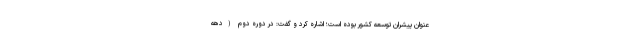
عنوان پیشران توسعه کشور بوده است؛ اشاره کرد و گفت: در دوره دوم (دهه